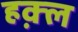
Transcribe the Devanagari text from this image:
हक़्ल